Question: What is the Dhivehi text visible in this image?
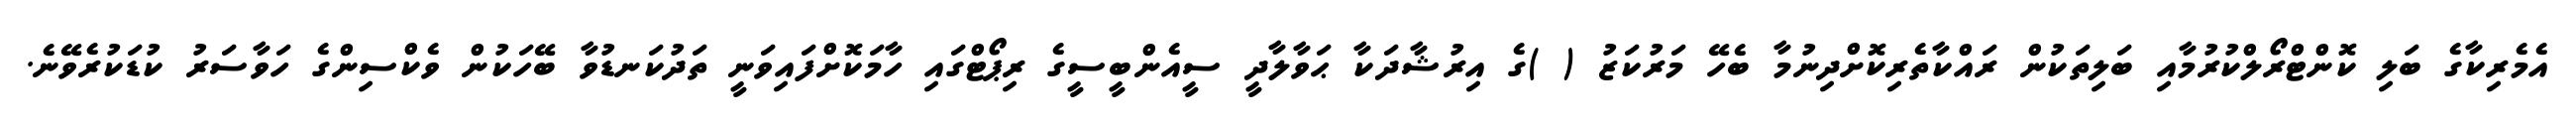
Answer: އެމެރިކާގެ ބަލި ކޮންޓްރޯލްކުރުމާއި ބަލިތަކުން ރައްކާތެރިކޮށްދިނުމާ ބެހޭ މަރުކަޒު ( )ގެ އިރުޝާދަކާ ޙަވާލާދީ ސީއެންބީސީގެ ރިޕޯޓްގައި ހާމަކޮށްފައިވަނީ ތަދުކަނޑުވާ ބޭހަކުން ވެކްސިންގެ ހަވާސަރު ކުޑަކުރެވޭނެ.